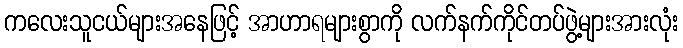
ကလေးသူငယ်များအနေဖြင့် အာဟာရများစွာကို လက်နက်ကိုင်တပ်ဖွဲ့များအားလုံး